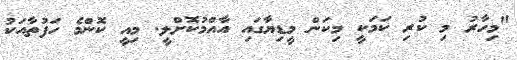
"މިހާރު މި ކުރި ކަމަކީ މިކަން މީޑިޔާގައި އާއްމުކޮށްލީ. މިއީ ކޮންމެ ހަފުތާއަކު